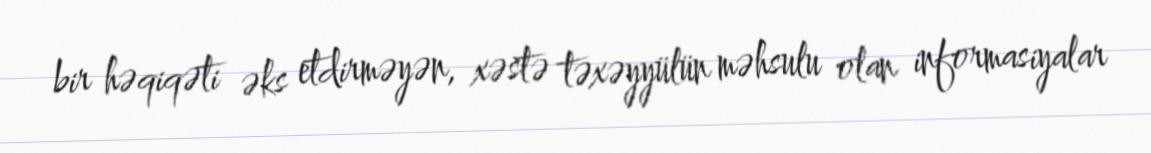
bir həqiqəti əks etdirməyən, xəstə təxəyyülün məhsulu olan informasiyalar